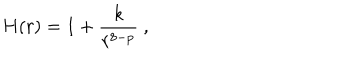
H ( r ) = 1 + \frac { k } { r ^ { 8 - p } } \ ,